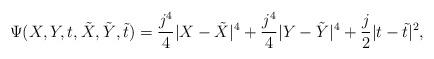
LaTeX: \begin{align*} \Psi(X,Y,t,\tilde X, \tilde Y, \tilde t) = \frac{j^4}{4}|X-\tilde X|^4 + \frac{j^4}{4}|Y - \tilde Y|^4 + \frac{j}{2}|t-\tilde t|^2,\end{align*}